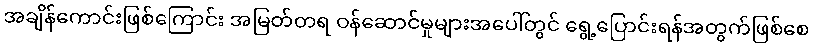
အချိန်ကောင်းဖြစ်ကြောင်း အမြတ်တရ ဝန်ဆောင်မှုများအပေါ်တွင် ရွေ့ပြောင်းရန်အတွက်ဖြစ်စေ